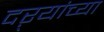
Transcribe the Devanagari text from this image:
दऱ्यांच्या